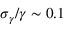
\sigma _ { \gamma } / \gamma \sim 0 . 1 \